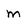
Character: m